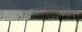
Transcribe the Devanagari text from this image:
जाललोहितकोशिका